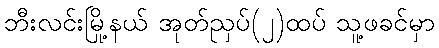
ဘီးလင်းမြို့နယ် အုတ်ညှပ်(၂)ထပ် သူ့ဖခင်မှာ